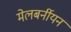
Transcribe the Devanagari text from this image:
मेलबर्नीयन